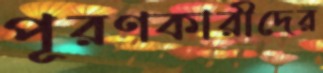
পূরণকারীদের